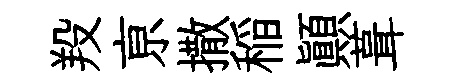
羖亰撒稲顚葺